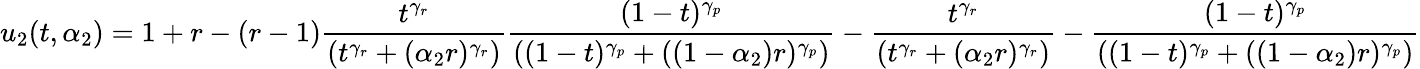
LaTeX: u_{2}(t,\alpha_{2})=1+r-(r-1)\frac{t^{\gamma_{r}}}{\left(t^{\gamma_{r}}+(\alpha_{2}r)^{\gamma_{r}}\right)}\frac{(1-t)^{\gamma_{p}}}{\left((1-t)^{\gamma_{p}}+((1-\alpha_{2})r)^{\gamma_{p}}\right)}-\frac{t^{\gamma_{r}}}{\left(t^{\gamma_{r}}+(\alpha_{2}r)^{\gamma_{r}}\right)}-\frac{(1-t)^{\gamma_{p}}}{\left((1-t)^{\gamma_{p}}+((1-\alpha_{2})r)^{\gamma_{p}}\right)}